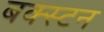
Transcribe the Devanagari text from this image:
बक्स्टन